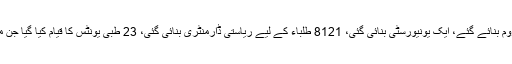
انہوں نے وضاحت کرتے ہوئے کہا کہ 1798 نئے کلاس روم بنائے گئے، ایک یونیورسٹی بنائی گئی، 8121 طلباء کے لیے ریاستی ڈارمنٹری بنائی گئی، 23 طبی یونٹس کا قیام کیا گیا جن میں 400 بیڈ کے آکسارے اسٹیٹ ہسپتال سمیت 7 ہسپتال ہیں۔